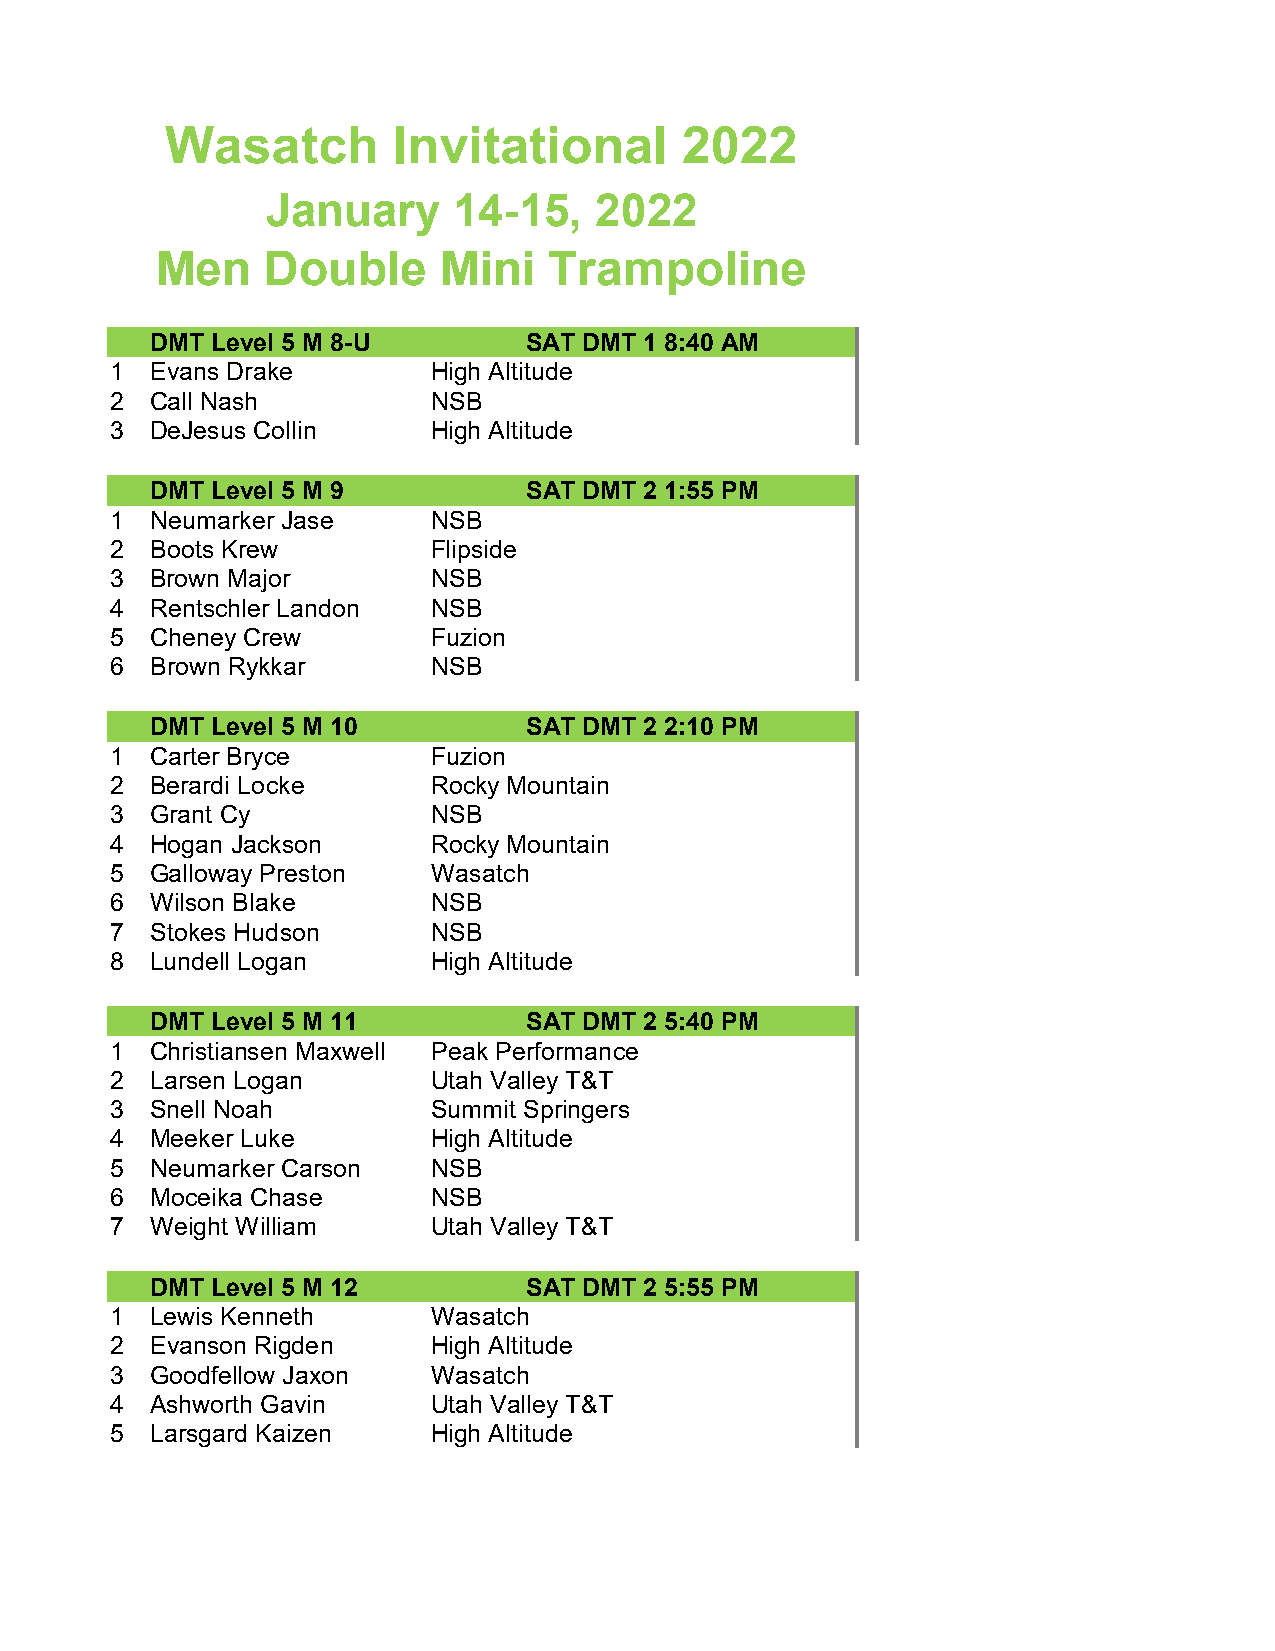
Wasatch        Invitational       2022
 January     14-15,   2022
 Men     Double     Mini   Trampoline
 DMT Level 5 M 8-U        SAT DMT 1 8:40 AM
 1  Evans Drake        High Altitude
 2  Call Nash          NSB
 3  DeJesus Collin     High Altitude
 DMT Level 5 M 9          SAT DMT 2 1:55 PM
 1  Neumarker Jase     NSB
 2  Boots Krew         Flipside
 3  Brown Major        NSB
 4  Rentschler Landon  NSB
 5  Cheney Crew        Fuzion
 6  Brown Rykkar       NSB
 DMT Level 5 M 10         SAT DMT 2 2:10 PM
 1  Carter Bryce       Fuzion
 2  Berardi Locke      Rocky Mountain
 3  Grant Cy           NSB
 4  Hogan Jackson      Rocky Mountain
 5  Galloway Preston   Wasatch
 6  Wilson Blake       NSB
 7  Stokes Hudson      NSB
 8  Lundell Logan      High Altitude
 DMT Level 5 M 11         SAT DMT 2 5:40 PM
 1  Christiansen Maxwell Peak Performance
 2  Larsen Logan       Utah Valley T&T
 3  Snell Noah         Summit Springers
 4  Meeker Luke        High Altitude
 5  Neumarker Carson   NSB
 6  Moceika Chase      NSB
 7  Weight William     Utah Valley T&T
 DMT Level 5 M 12         SAT DMT 2 5:55 PM
 1  Lewis Kenneth      Wasatch
 2  Evanson Rigden     High Altitude
 3  Goodfellow Jaxon   Wasatch
 4  Ashworth Gavin     Utah Valley T&T
 5  Larsgard Kaizen    High Altitude